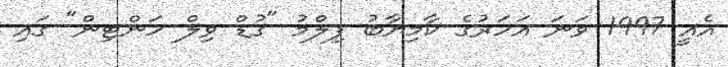
އެއީ 1997 ވަނަ އަހަރުގެ ކާމިޔާބު ފިލްމު "ގުޑް ވިލް ހަންޓިން" ގައި